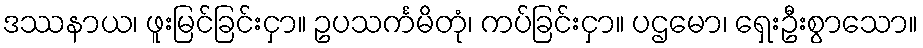
ဒဿနာယ၊ ဖူးမြင်ခြင်းငှာ။ ဥပသင်္ကမိတုံ၊ ကပ်ခြင်းငှာ။ ပဌမော၊ ရှေးဦးစွာသော။